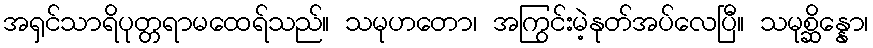
အရှင်သာရိပုတ္တရာမထေရ်သည်။ သမုဟတော၊ အကြွင်းမဲ့နုတ်အပ်လေပြီ။ သမုစ္ဆိန္နော၊